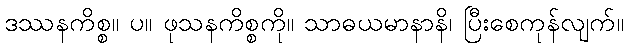
ဒဿနကိစ္စ။ ပ။ ဖုသနကိစ္စကို။ သာဓယမာနာနိ၊ ပြီးစေကုန်လျက်။